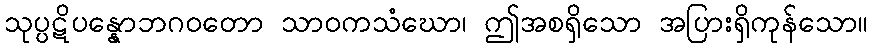
သုပ္ပဋိပန္နောဘဂဝတော သာဝကသံဃော၊ ဤအစရှိသော အပြားရှိကုန်သော။